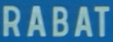
RABAT